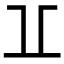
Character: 𠀌